Tartu_linnavalitsus, lk 76
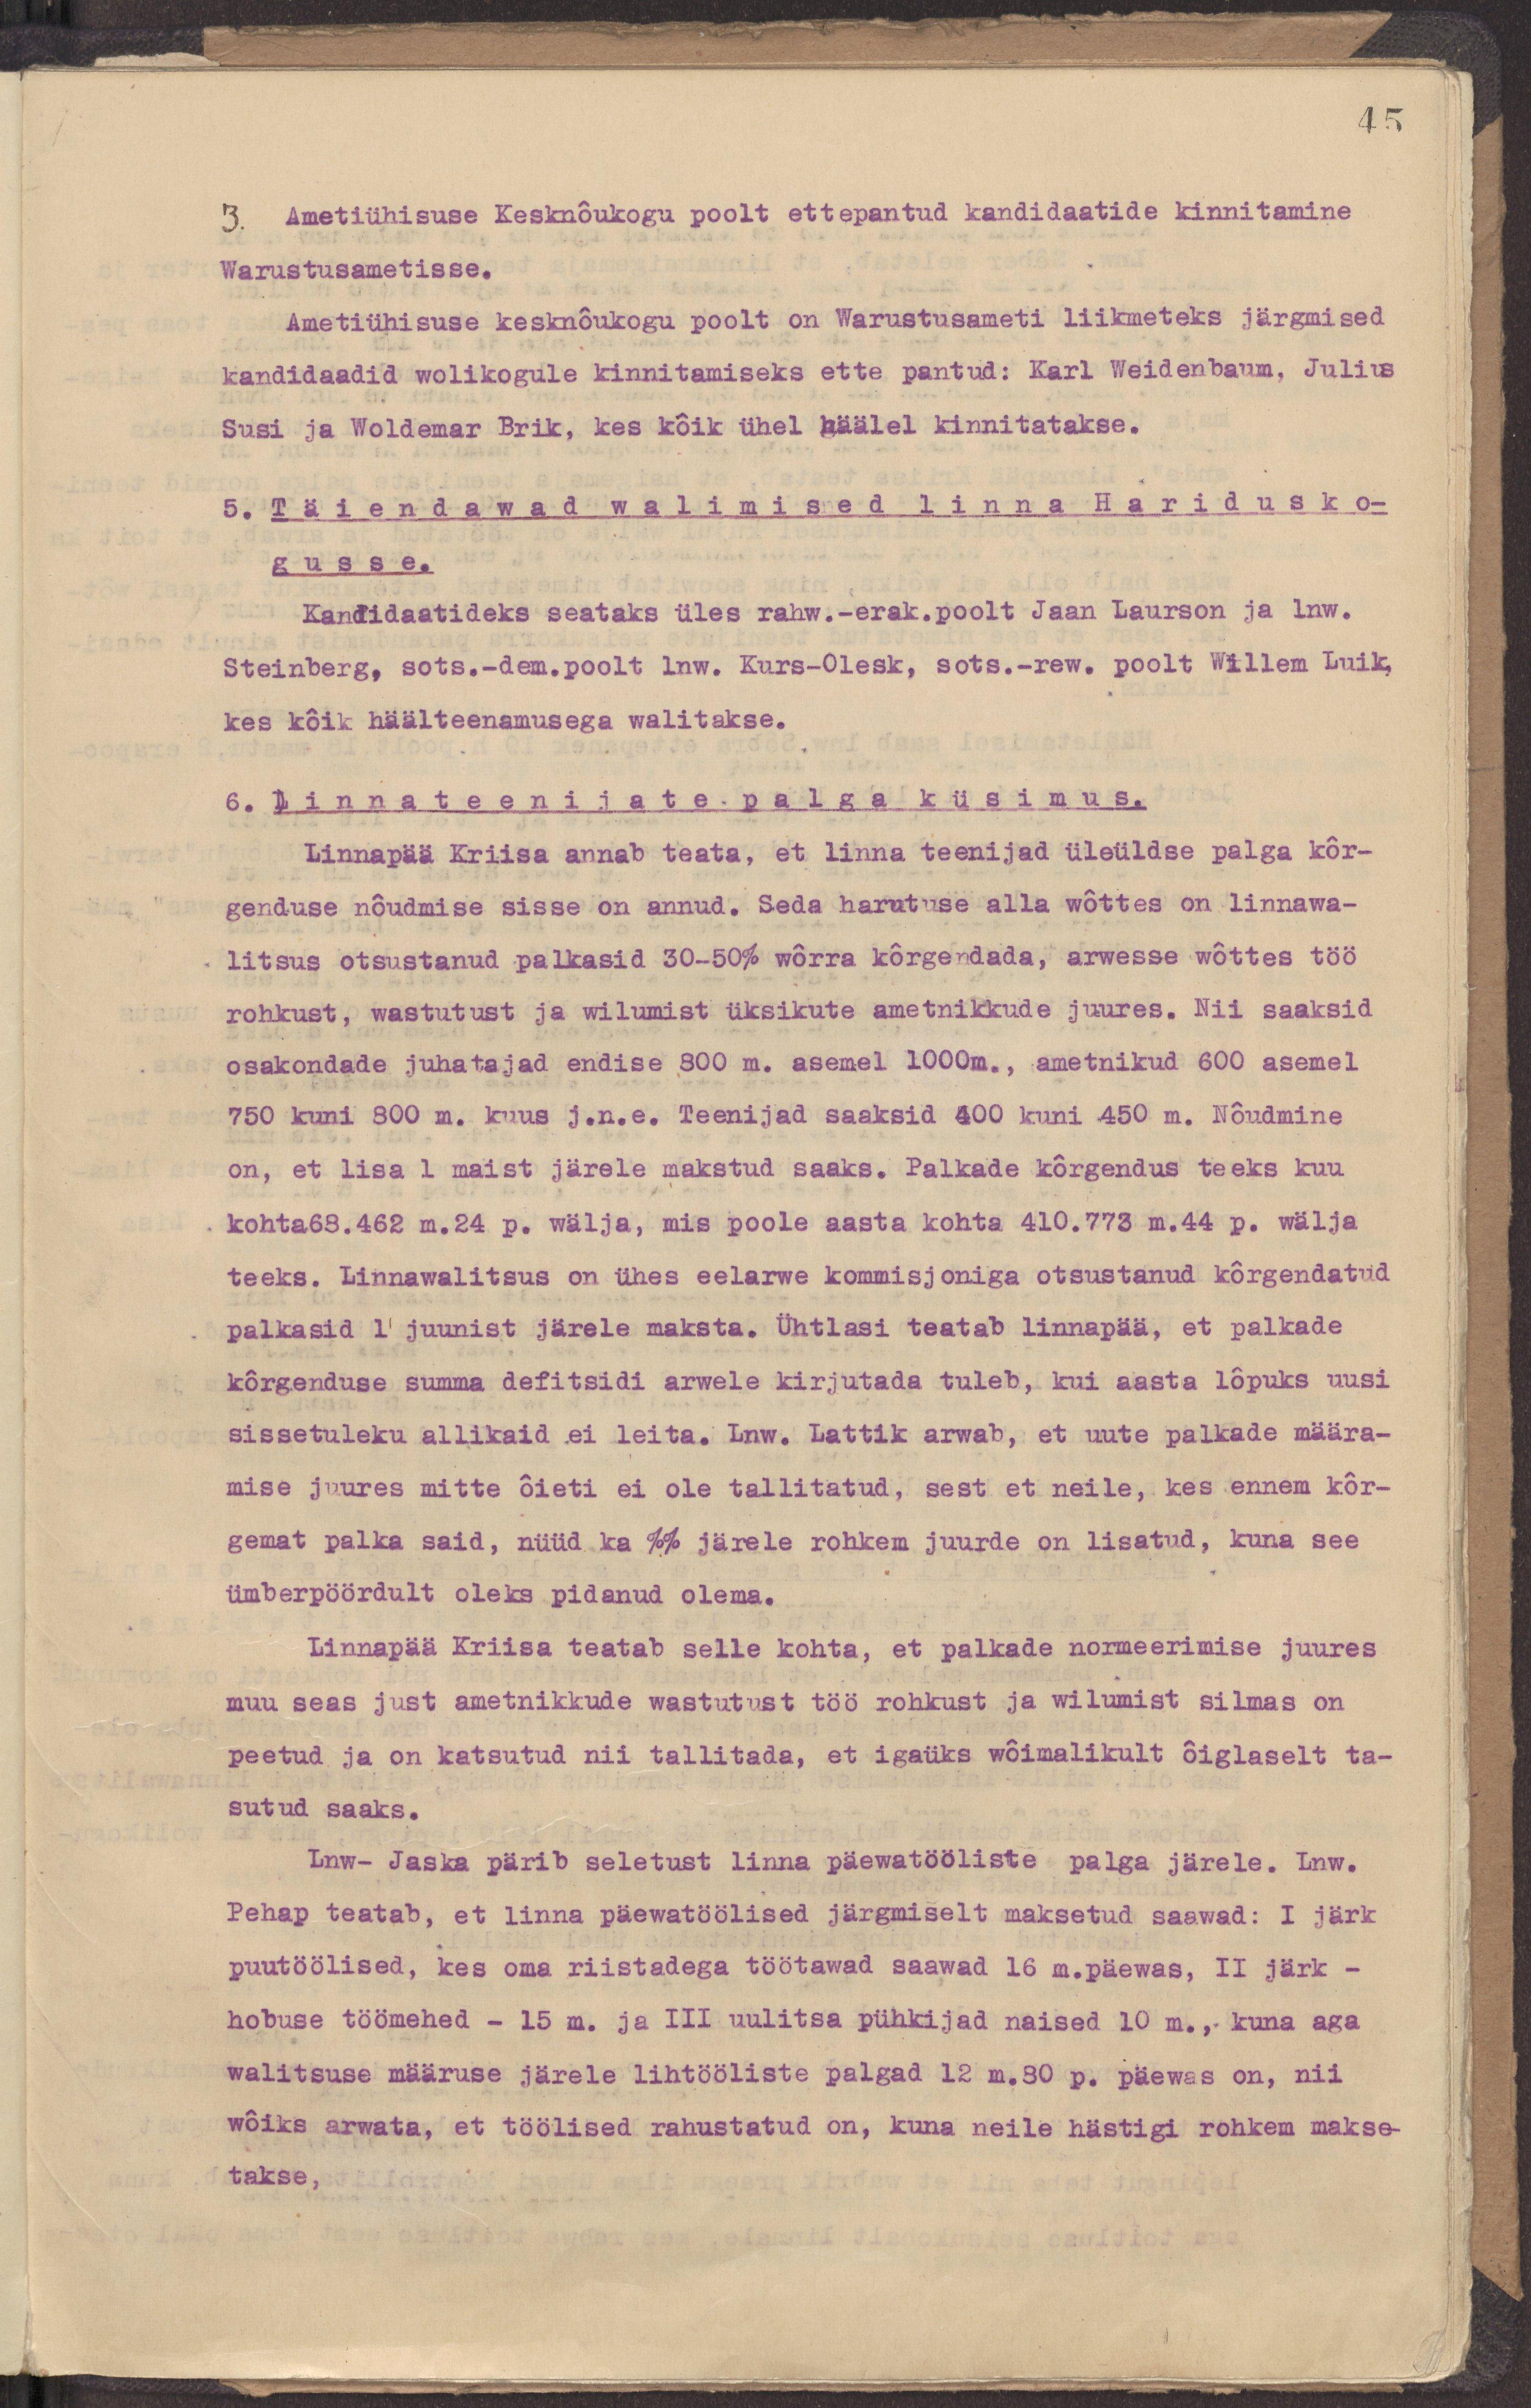
45
3. Ametiühisuse Kesknõukogu poolt ettepantud kandidaatide kinnitamine
Warustusametisse.
Ametiühisuse kesknõukogu poolt on Warustusameti liikmeteks järgmise
kandidaadid wolikogule kinnitamiseks ette pantud: Karl Weidebaum, Julius
Susi ja Woldemar Brik, kes kõik ühel häälel kinnitatakse.
5. Täiendawad walimised linna Haridusko-
gusse.
Kandidaatideks seataks üles rahw.-erak.poolt Jaan Laurson ja lnw.
Steinberg, sots.-dem.poolt lnw. Kurs-Olesk, sots.-rew. poolt Willem Luik,
keskõik häälteenamusega walitakse.
6. Linnateenijate palga küsimus.
Linnapää Kriisa annab teada, et linna teenijad üleüldse palga kõr-
genduse nõudmise sisse on annud. Seda harutuse alla wõttes on linnawa-
litsus otsustanud palkasid 30-50% wõrra kõrgendada, arwesse wõttes töö
rohkust, wastutust ja wilumist üksikute ametnike juures. Nii saaksid
osakondade juhatajad endise 300 m. asemel 1000m., ametnikud 600 asemel
750 kuni 800 m. kuus j.n.e. Teenijad saaksid 400 kuni 450 m. Nõudmine
on, et lisa 1 maist järele makstud saaks. Palkade kõrgendus teeks kuu
kohta68.462 m.24 p. wälja, mis poole aasta kohta 410.773 m.44 p. wälja 
teeks. Linnawalitsus on ühes eelarwe kommisjoniga otsustanud kõrgendatud
palkasid 1 juunist järele maksta. Ühtlasi teatab linnapää, et palkade
kõrgenduse summa defitsidi arwele kirjutada tuleb, kui aasta lõpuks uusi
sissetuleku allikaid ei leita. Lnw. Lattik arwab, et uute palkade määra-
mise juures mitte õieti ei ole tallitatud, sest et neile, kes ennem kõr-
gemat palka said, nüüd ka %% järele rohkem juurde on lisatud, kuna see
ümberpöördult oleks pidanud olema.
Linnapää Kriisa teatab selle kohta, et palkade normeerimise juures
muu seas just ametnikkude wastutust töö rohkust ja wilumist silmas on
peetud ja on katsutud nii tallitada, et igaüks wõimalikult õiglaselt ta-
sutud saaks.
Lnw- Jaska pärib seletust linna päewatööliste palga järele. Lnw.
Pehap teatab, et linna päewatöölised järgmiselt makstud saawad: I järk
puutöölised, kes oma riistadega töötawad saawad 16 m.päewas, II järk - 
hobuse töömehed - 15 m. ja III uulitsa pühkijad naised 10 m., kuna aga
walitsuse määruse järele lihtööliste palgad 12 m.80 p. päewas on, nii
wõiks arwate, et töölised rahustatud on, kuna neile hästigi rohkem makse-
takse.